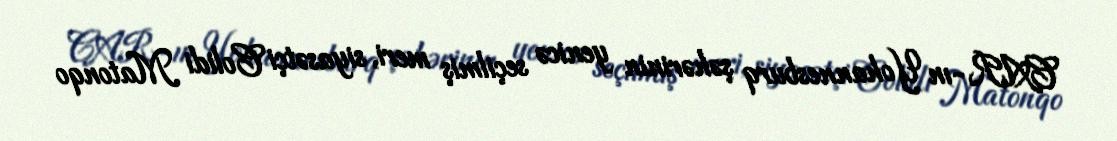
CAR-ın Yohannesburq şəhərinin yenicə seçilmiş meri, siyasətçi Colidi Matonqo